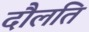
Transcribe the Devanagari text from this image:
दौलति